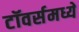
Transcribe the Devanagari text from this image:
टॉवर्समध्ये